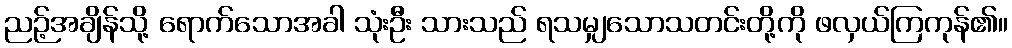
ညဉ့်အချိန်သို့ ရောက်သောအခါ သုံးဦး သားသည် ရသမျှသောသတင်းတို့ကို ဖလှယ်ကြကုန်၏။